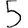
Digit: 5